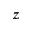
z